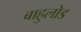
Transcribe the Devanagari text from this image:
बाहुलोड